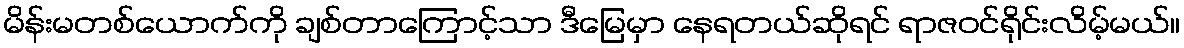
မိန်းမတစ်ယောက်ကို ချစ်တာကြောင့်သာ ဒီမြေမှာ နေရတယ်ဆိုရင် ရာဇဝင်ရိုင်းလိမ့်မယ်။